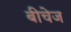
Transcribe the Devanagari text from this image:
बीचेज